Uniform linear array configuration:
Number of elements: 24
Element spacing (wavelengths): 0.5
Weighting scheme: cosine
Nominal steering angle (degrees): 45
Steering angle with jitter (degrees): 44.976
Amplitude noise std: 0.05
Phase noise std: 0.05

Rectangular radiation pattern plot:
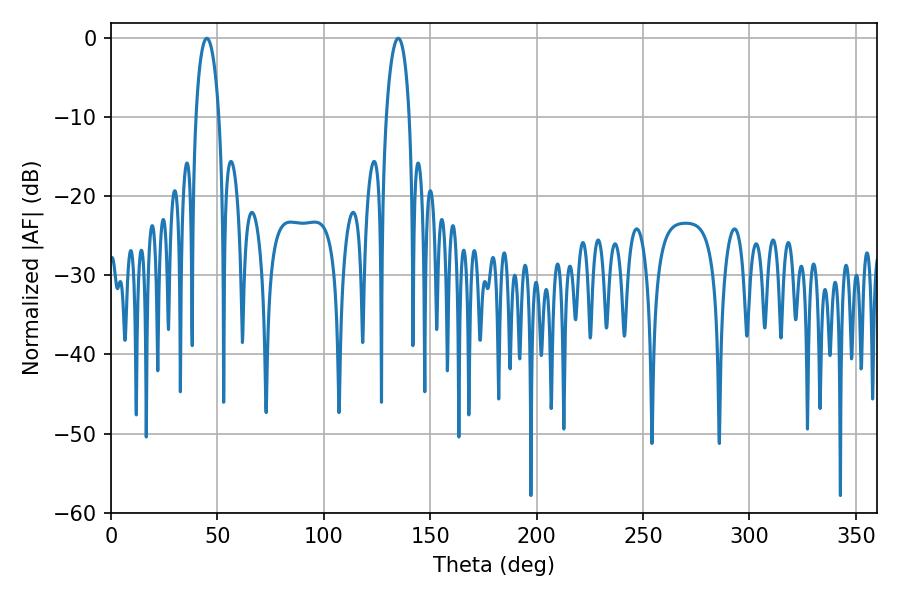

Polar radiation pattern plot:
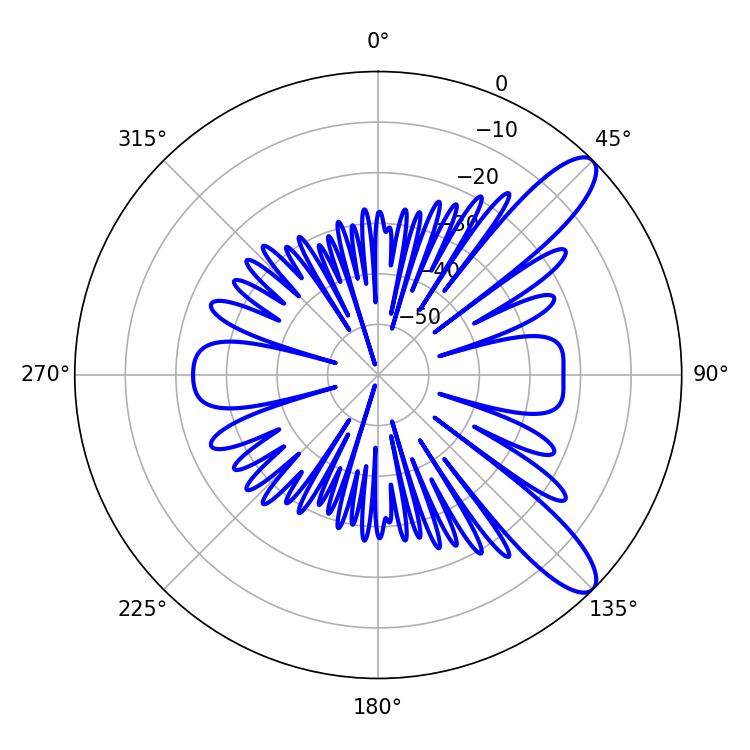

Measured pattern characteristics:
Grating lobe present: FALSE
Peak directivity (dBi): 10.792
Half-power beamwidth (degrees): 6.3
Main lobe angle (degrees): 45